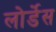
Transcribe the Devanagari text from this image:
लोर्डेस